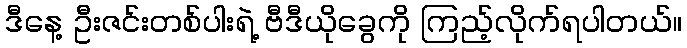
ဒီနေ့ ဦးဇင်းတစ်ပါးရဲ့ ဗီဒီယိုခွေကို ကြည့်လိုက်ရပါတယ်။